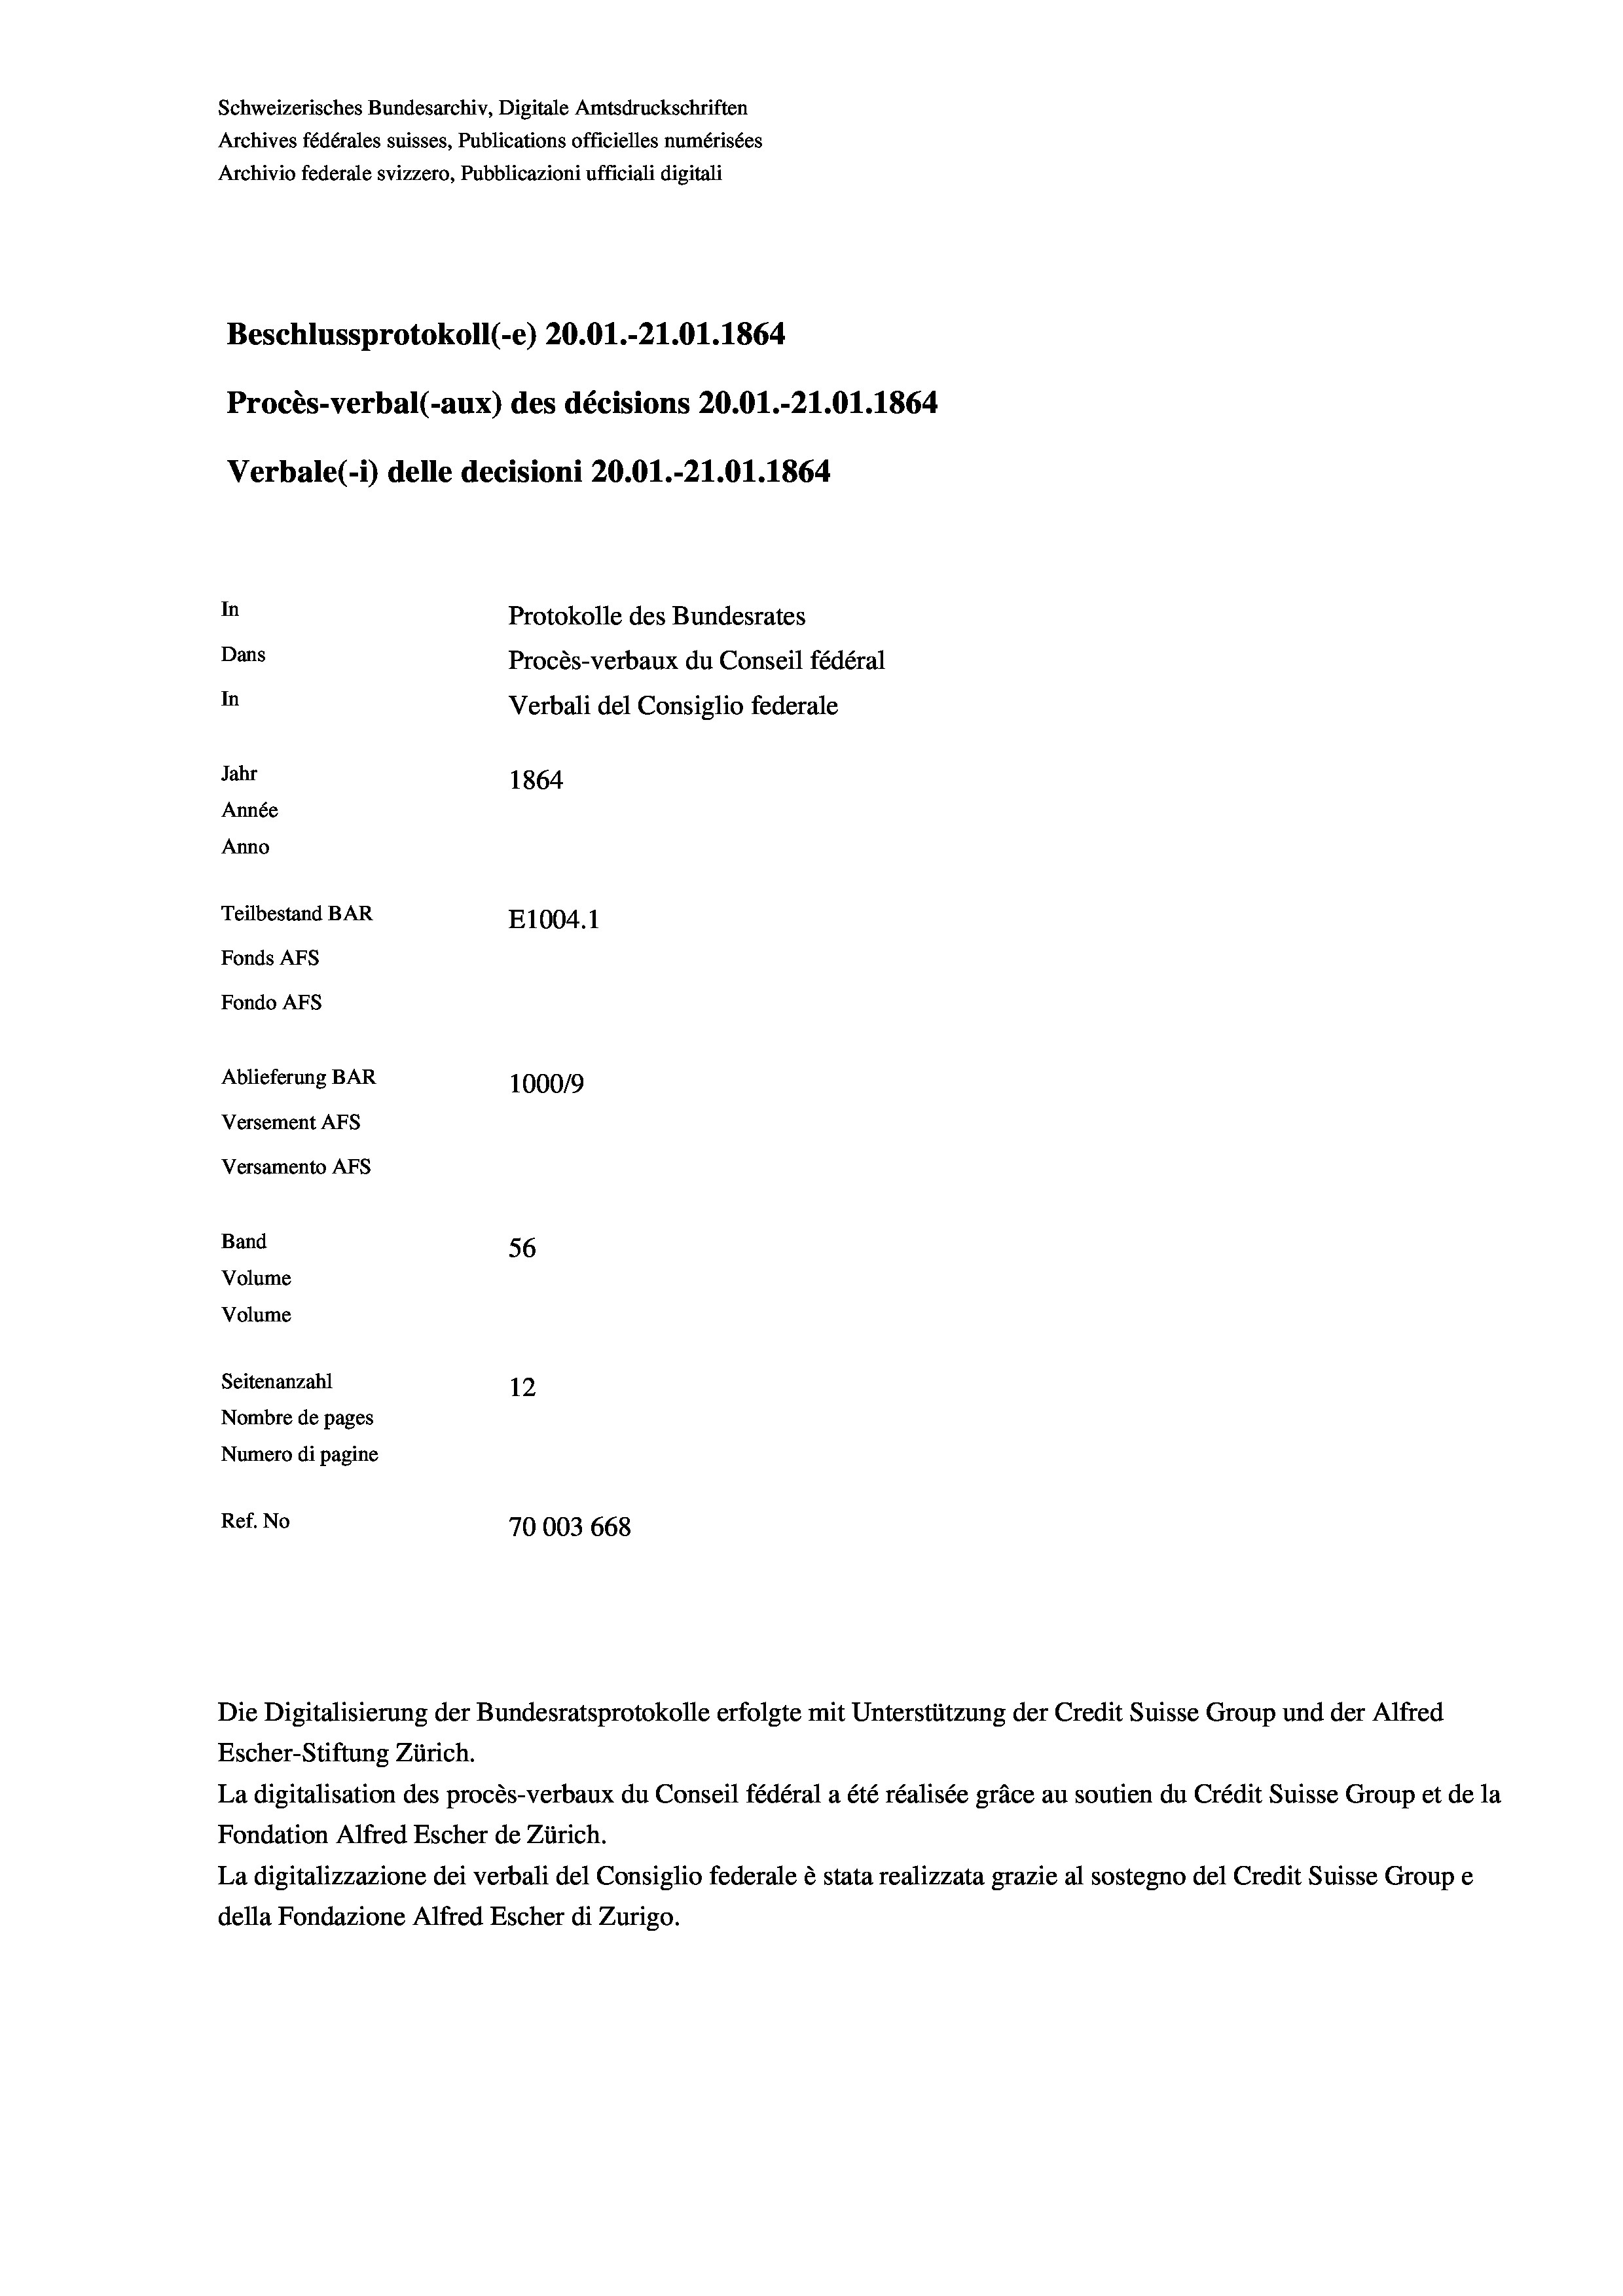
Schweizerisches Bundesarchiv, Digitale Amtsdruckschriften
Archives fédérales suisses, Publications officielles numérisées
Archivio federale svizzero, Pubblicazioni ufficiali digitali
Beschlussprotokoll (-e) 20.01.-21.01. 1864
Procès-verbal (-aux) des décisions 20.01.-21.01. 1864
Verbale (1) delle decisioni 20.01.-21.01. 1864
In
Protokolle des Bundesrates
Dans
Procès-verbaux du Conseil fédéral
In
Verbali del Consiglio federale
Jahr
1864
Année
Anno
Teilbestand BAR
E1004. 1
Fonds AFs
Fondo AFs
Ablieferung BAR
100019
Versement AFs
Versamento AFs
Band
56
Volume
Volume
Seitenanzahl
12

Nombre de pages
Numero di pagine
Ref. No
70003 668

Escher-Stiftung Zürich.
La digitalisation des procès-verbaux du Conseil fédéral a été réalisée gräce au soutien du Crédit Suisse Group et de la
Fondation Alfred Escher de Zürich.
La digitalizzazione dei verbali del Consiglio federale è stata realizzata grazie al sostegno del Credit Suisse Groupe
della Fondazione Alfred Escher di Zurigo.

Die Digitalisierung der Bundesratsprotokolle erfolgte mit Unterstützung der Credit Suisse Group und der Alfred